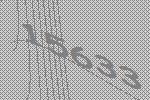
15633